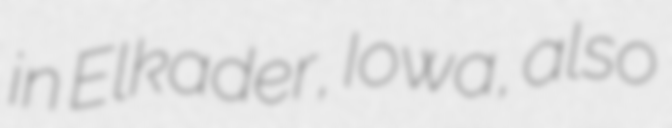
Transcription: in Elkader, Iowa, also